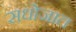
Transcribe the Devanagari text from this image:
सधोजात